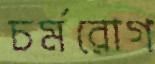
চর্মরোগ